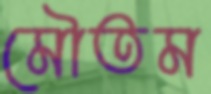
মৌতম